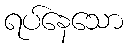
ရပ်နေသော